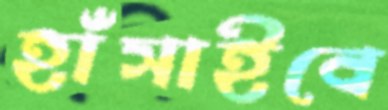
হাঁসাইবে